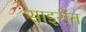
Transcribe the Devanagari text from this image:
साइरीन